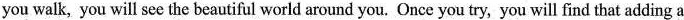
you walk, you will see the beautiful world around you. Once you try, you will find that adding a